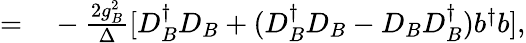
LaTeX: \begin{array}{rl}{=}&{{}-\frac{2g_{B}^{2}}{\Delta}[D_{B}^{\dagger}D_{B}+(D_{B}^{\dagger}D_{B}-D_{B}D_{B}^{\dagger})b^{\dagger}b],}\end{array}